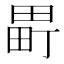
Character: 𬏈